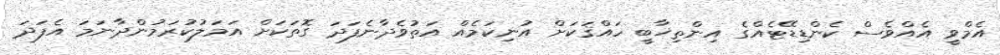
އެމްވީ އެއްވެސް ކެންޑިޑޭޓެއްގެ އިންތިޚާބީ ހައްޤަކަށް އުނިކަމެއް އަތުވެދާނެފަދަ ގޮތަކަށް އަމަލުކުރަމުންދާނަމަ އެފަދަ